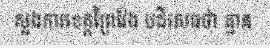
ស្នងការខេត្តព្រៃវែង បដិសេធថា គ្មាន